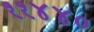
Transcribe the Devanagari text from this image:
११४४०